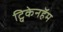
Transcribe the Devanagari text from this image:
ट्विकेनहॅम